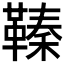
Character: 𩌘